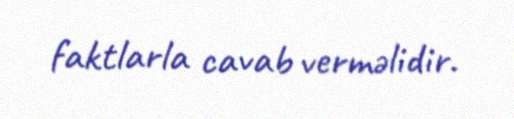
faktlarla cavab verməlidir.